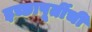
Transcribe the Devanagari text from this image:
इच्छापूर्तीची